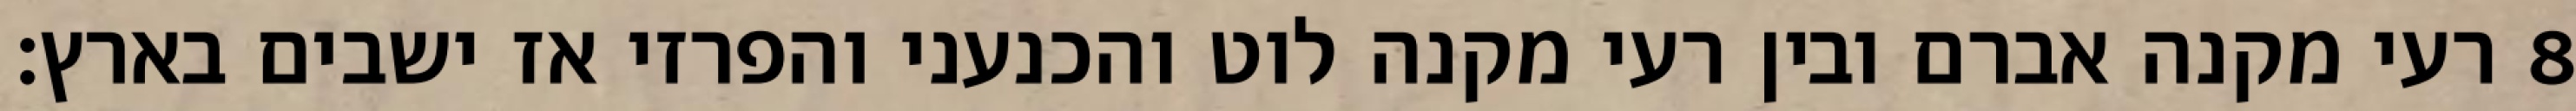
רעי מקנה אברם ובין רעי מקנה לוט והכנעני והפרזי אז ישבים בארץ׃ ‎8‏